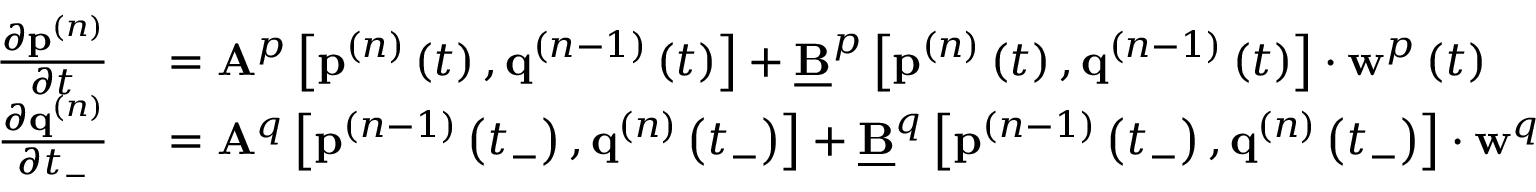
\begin{array} { r l } { \frac { \partial \mathbf { p } ^ { ( n ) } } { \partial t } } & { { } = \mathbf { A } ^ { p } \left[ \mathbf { p } ^ { ( n ) } \left( t \right) , \mathbf { q } ^ { ( n - 1 ) } \left( t \right) \right] + \underline { { \mathbf { B } } } ^ { p } \left[ \mathbf { p } ^ { ( n ) } \left( t \right) , \mathbf { q } ^ { ( n - 1 ) } \left( t \right) \right] \cdot \mathbf { w } ^ { p } \left( t \right) \, } \\ { \frac { \partial \mathbf { q } ^ { ( n ) } } { \partial t _ { - } } } & { { } = \mathbf { A } ^ { q } \left[ \mathbf { p } ^ { ( n - 1 ) } \left( t _ { - } \right) , \mathbf { q } ^ { ( n ) } \left( t _ { - } \right) \right] + \underline { { \mathbf { B } } } ^ { q } \left[ \mathbf { p } ^ { ( n - 1 ) } \left( t _ { - } \right) , \mathbf { q } ^ { ( n ) } \left( t _ { - } \right) \right] \cdot \mathbf { w } ^ { q } \left( t _ { - } \right) \, , } \end{array}